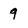
Character: 9